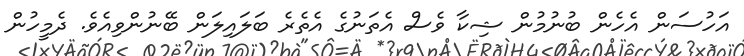
އަހުސަން އެހެން ބުނުމުން ޝިކާ ވެސް އެތަނުގެ އެތެރެ ބަލައިލަން ބޭނުންވިއެވެ. ދެމީހުން